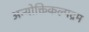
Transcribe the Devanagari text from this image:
अन्योक्तिकल्पद्रम